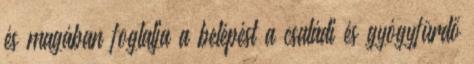
és magában foglalja a belépést a családi és gyógyfürdő